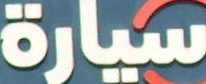
سيارة